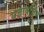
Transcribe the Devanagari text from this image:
यज्ञायज्ञियं